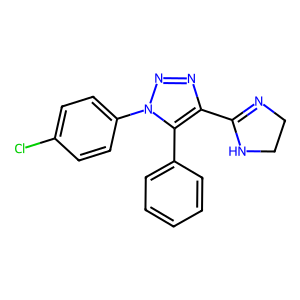
SMILES: Clc1ccc(-n2nnc(C3=NCCN3)c2-c2ccccc2)cc1
Inhibits HIV replication: No